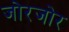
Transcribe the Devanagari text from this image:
जोरजोर